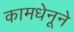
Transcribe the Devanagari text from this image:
कामधेनूने